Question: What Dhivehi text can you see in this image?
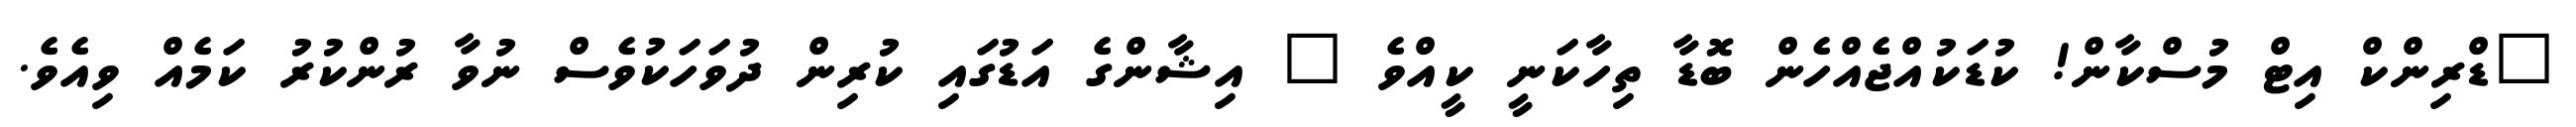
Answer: "ޑްރިންކް އިޓް މުސްކާން! ކުޑަކުއްޖެއްހެން ބޮޑާ ތިހާކަނީ ކީއްވެ " އިޝާންގެ އަޑުގައި ކުރިން ދުވަހަކުވެސް ނުވާ ރުންކުރު ކަމެއް ވިއެވެ.